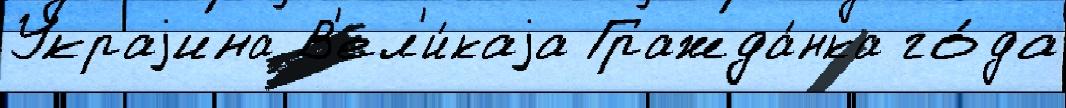
Украjина В'ел'и́каjа Гражда́нка го́да